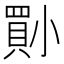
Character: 𡮨